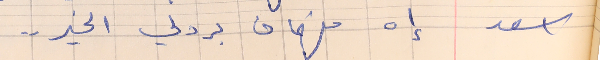
اسعد            إه فهمان بردلي الخير . .